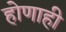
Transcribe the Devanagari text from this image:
होणाही